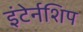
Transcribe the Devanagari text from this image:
इंटेर्नशिप